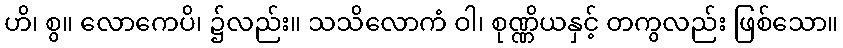
ဟိ၊ စွ။ လောကေပိ၊ ၌လည်း။ သသိလောကံ ဝါ၊ စုဏ္ဏိယနှင့် တကွလည်း ဖြစ်သော။